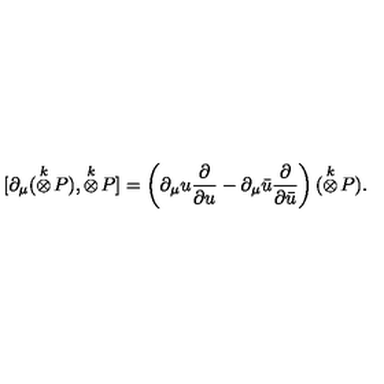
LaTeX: [ \partial _ { \mu } ( \stackrel { k } { \otimes } \! P ) , \stackrel { k } { \otimes } \! P ] = \left( \partial _ { \mu } u \frac { \partial } { \partial u } - \partial _ { \mu } \bar { u } \frac { \partial } { \partial \bar { u } } \right) ( \stackrel { k } { \otimes } \! P ) .